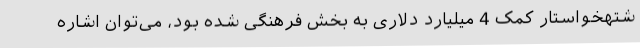
شتهخواستار کمک 4 میلیارد دلاری به بخش فرهنگی شده بود،‌ می‌توان اشاره